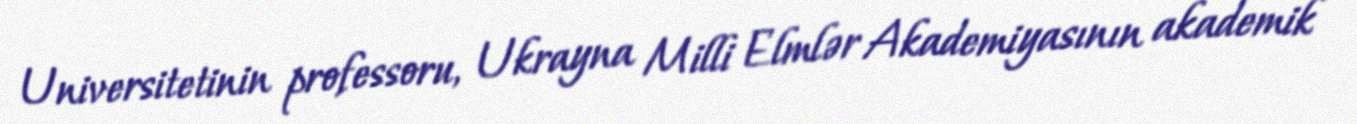
Universitetinin professoru, Ukrayna Milli Elmlər Akademiyasının akademik